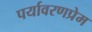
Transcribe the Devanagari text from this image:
पर्यावरणप्रेम